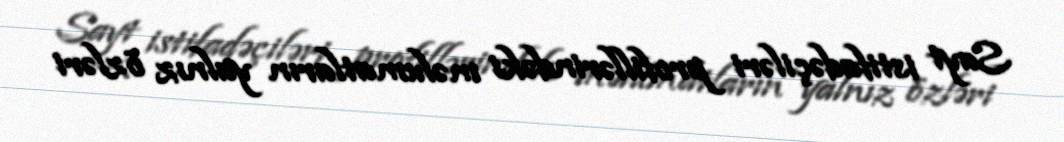
Sayt istifadəçiləri profillərindəki məlumatların yalnız özləri